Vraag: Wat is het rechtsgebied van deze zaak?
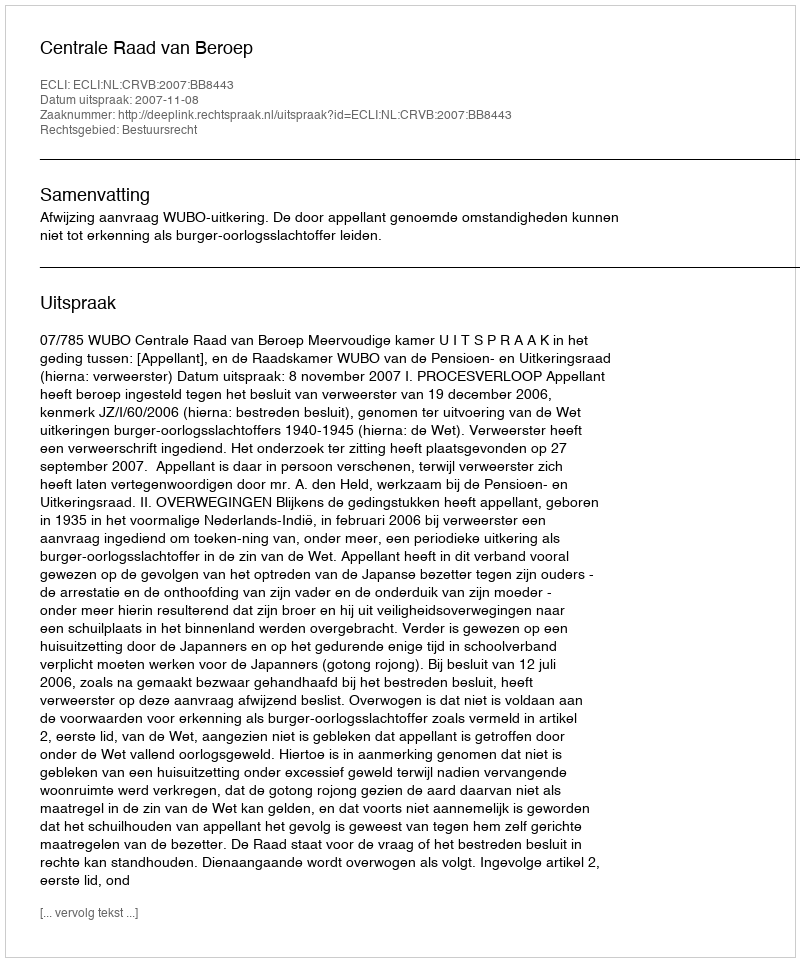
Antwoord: Bestuursrecht